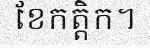
ខែកត្តិក។